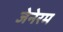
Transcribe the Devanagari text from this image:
जेनेरम